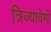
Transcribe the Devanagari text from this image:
त्रिज्यावेगों